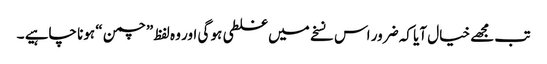
تب مجھے خیال آیا کہ ضرور اس نسخے میں غلطی ہو گی اور وہ لفظ ”چمن “ ہونا چاہیے ۔